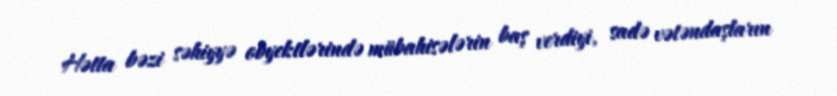
Hətta bəzi səhiyyə obyektlərində mübahisələrin baş verdiyi, sadə vətəndaşların